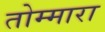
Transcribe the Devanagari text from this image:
तोम्मारा